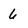
Character: 6